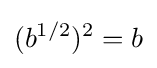
(b^{1/2})^{2}=b